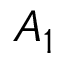
A _ { 1 }